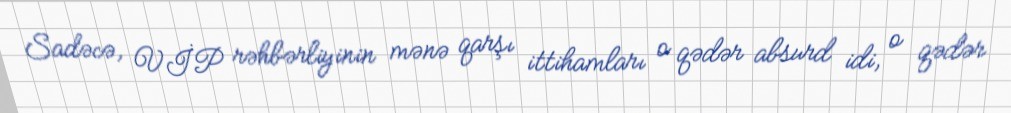
Sadəcə, VİP rəhbərliyinin mənə qarşı ittihamları o qədər absurd idi, o qədər